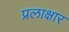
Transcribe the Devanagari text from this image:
प्रलाक्षार